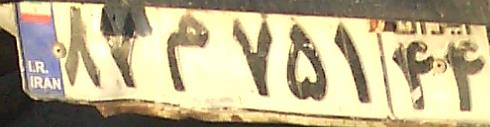
۸۷م۷۵۱۴۴